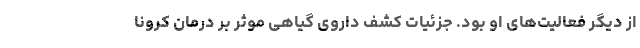
از دیگر فعالیت‌های او بود. جزئیات کشف داروی گیاهی موثر بر درمان کرونا